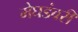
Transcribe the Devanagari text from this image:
मेघडंबरी